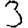
Digit: 3